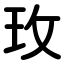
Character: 玫